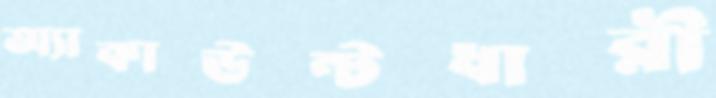
অ্যাকাউন্টধারী